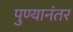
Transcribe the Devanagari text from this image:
पुण्यानंतर